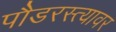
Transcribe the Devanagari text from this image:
पौडरस्त्यावर